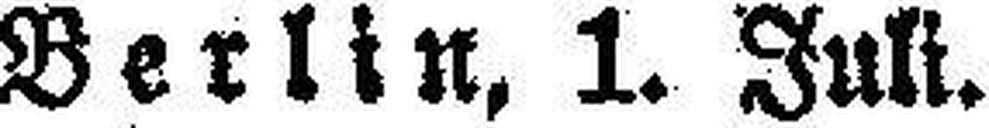
Berlin, 1. Juli.